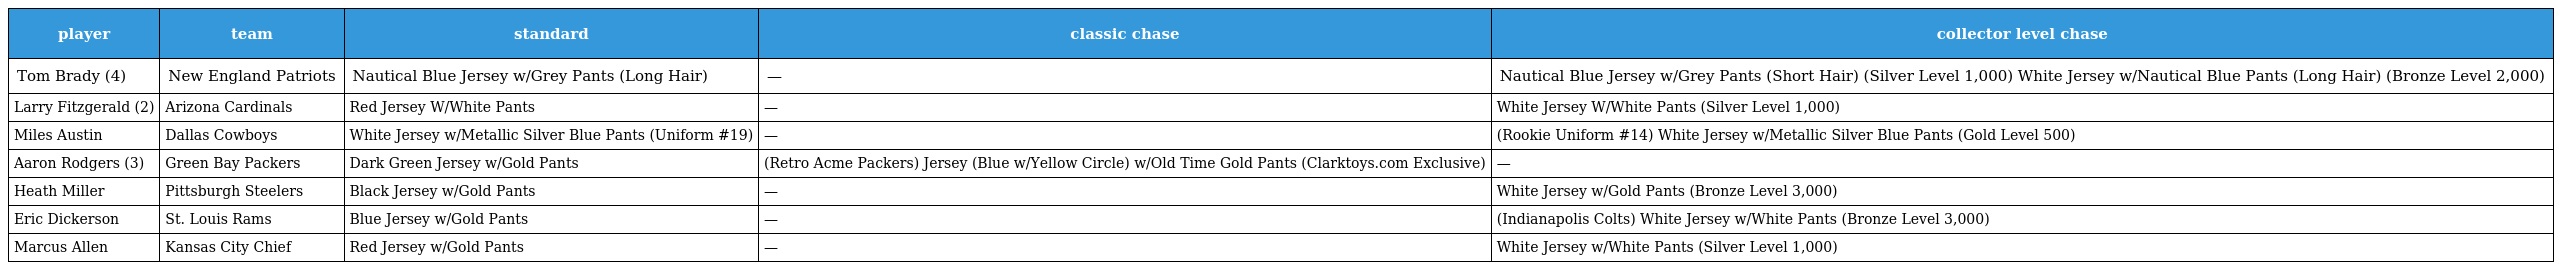
| player | team | standard | classic chase | collector level chase |
 | --- | --- | --- | --- | --- |
 | Tom Brady (4) | New England Patriots | Nautical Blue Jersey w/Grey Pants (Long Hair) | — | Nautical Blue Jersey w/Grey Pants (Short Hair) (Silver Level 1,000) White Jersey w/Nautical Blue Pants (Long Hair) (Bronze Level 2,000) |
 | Larry Fitzgerald (2) | Arizona Cardinals | Red Jersey W/White Pants | — | White Jersey W/White Pants (Silver Level 1,000) |
 | Miles Austin | Dallas Cowboys | White Jersey w/Metallic Silver Blue Pants (Uniform #19) | — | (Rookie Uniform #14) White Jersey w/Metallic Silver Blue Pants (Gold Level 500) |
 | Aaron Rodgers (3) | Green Bay Packers | Dark Green Jersey w/Gold Pants | (Retro Acme Packers) Jersey (Blue w/Yellow Circle) w/Old Time Gold Pants (Clarktoys.com Exclusive) | — |
 | Heath Miller | Pittsburgh Steelers | Black Jersey w/Gold Pants | — | White Jersey w/Gold Pants (Bronze Level 3,000) |
 | Eric Dickerson | St. Louis Rams | Blue Jersey w/Gold Pants | — | (Indianapolis Colts) White Jersey w/White Pants (Bronze Level 3,000) |
 | Marcus Allen | Kansas City Chief | Red Jersey w/Gold Pants | — | White Jersey w/White Pants (Silver Level 1,000) |